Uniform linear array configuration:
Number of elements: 4
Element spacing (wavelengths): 1
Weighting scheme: exponential
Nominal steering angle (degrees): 30
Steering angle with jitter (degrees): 30.245
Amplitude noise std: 0.05
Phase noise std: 0.05

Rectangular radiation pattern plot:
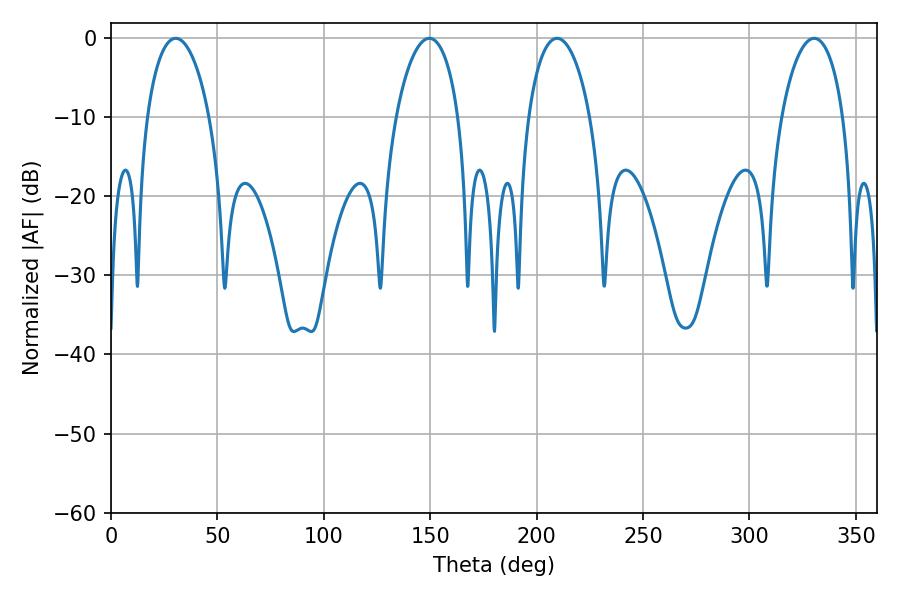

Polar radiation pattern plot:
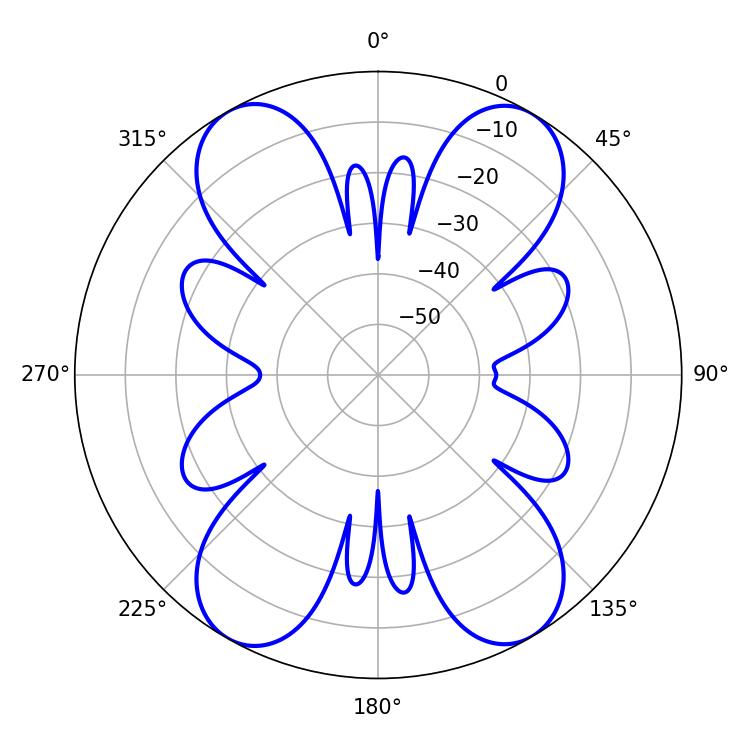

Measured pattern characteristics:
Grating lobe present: TRUE
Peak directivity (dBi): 23.986
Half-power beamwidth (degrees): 16.56
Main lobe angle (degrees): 30.42